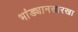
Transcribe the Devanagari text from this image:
भांड्यानसारखा